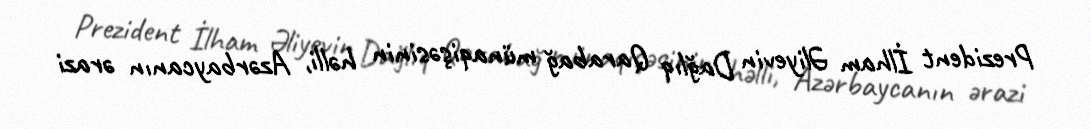
Prezident İlham Əliyevin Dağlıq Qarabağ münaqişəsinin həlli, Azərbaycanın ərazi